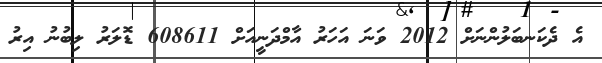
އެ ދެކަނބަލުންނަށް 2012 ވަނަ އަހަރު އާމްދަނީއަށް 608611 ޑޮލަރު ލިބުނު އިރު